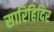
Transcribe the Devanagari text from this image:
सारिहिदिर